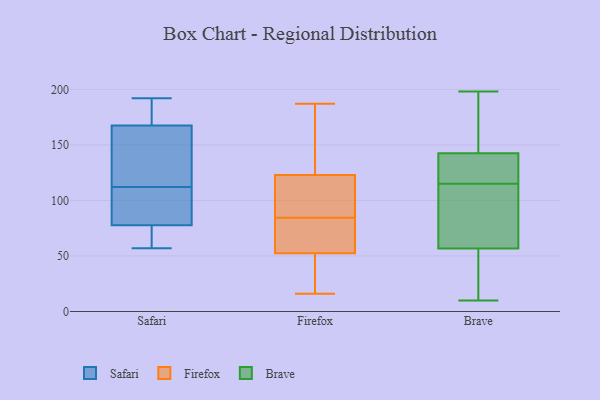
{"axis": {"x": "Market Share (%)", "y": "Value"}, "legend": ["Brave", "Firefox", "Safari"], "data": [{"x": "", "y": 171, "type": "Safari"}, {"x": "", "y": 96, "type": "Safari"}, {"x": "", "y": 157, "type": "Safari"}, {"x": "", "y": 176, "type": "Safari"}, {"x": "", "y": 112, "type": "Safari"}, {"x": "", "y": 142, "type": "Safari"}, {"x": "", "y": 192, "type": "Safari"}, {"x": "", "y": 74, "type": "Safari"}, {"x": "", "y": 57, "type": "Safari"}, {"x": "", "y": 89, "type": "Safari"}, {"x": "", "y": 72, "type": "Safari"}, {"x": "", "y": 19, "type": "Firefox"}, {"x": "", "y": 176, "type": "Firefox"}, {"x": "", "y": 28, "type": "Firefox"}, {"x": "", "y": 186, "type": "Firefox"}, {"x": "", "y": 74, "type": "Firefox"}, {"x": "", "y": 103, "type": "Firefox"}, {"x": "", "y": 126, "type": "Firefox"}, {"x": "", "y": 113, "type": "Firefox"}, {"x": "", "y": 80, "type": "Firefox"}, {"x": "", "y": 20, "type": "Firefox"}, {"x": "", "y": 84, "type": "Firefox"}, {"x": "", "y": 67, "type": "Firefox"}, {"x": "", "y": 182, "type": "Firefox"}, {"x": "", "y": 95, "type": "Firefox"}, {"x": "", "y": 16, "type": "Firefox"}, {"x": "", "y": 85, "type": "Firefox"}, {"x": "", "y": 187, "type": "Firefox"}, {"x": "", "y": 81, "type": "Firefox"}, {"x": "", "y": 120, "type": "Firefox"}, {"x": "", "y": 38, "type": "Firefox"}, {"x": "", "y": 57, "type": "Brave"}, {"x": "", "y": 189, "type": "Brave"}, {"x": "", "y": 56, "type": "Brave"}, {"x": "", "y": 198, "type": "Brave"}, {"x": "", "y": 77, "type": "Brave"}, {"x": "", "y": 119, "type": "Brave"}, {"x": "", "y": 153, "type": "Brave"}, {"x": "", "y": 128, "type": "Brave"}, {"x": "", "y": 92, "type": "Brave"}, {"x": "", "y": 36, "type": "Brave"}, {"x": "", "y": 43, "type": "Brave"}, {"x": "", "y": 139, "type": "Brave"}, {"x": "", "y": 10, "type": "Brave"}, {"x": "", "y": 121, "type": "Brave"}, {"x": "", "y": 115, "type": "Brave"}, {"x": "", "y": 74, "type": "Brave"}, {"x": "", "y": 184, "type": "Brave"}]}